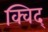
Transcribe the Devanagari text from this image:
क्विद्